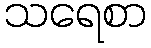
သရေစာ